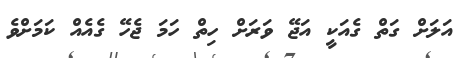
އަލަށް ގަތް ގެއަކީ އަޖޭ ވަރަށް ހިތް ހަމަ ޖެހޭ ގެއެއް ކަމަށްވެ